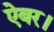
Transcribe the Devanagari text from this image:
ऐबर।